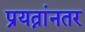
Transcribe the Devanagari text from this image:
प्रयत्नांनतर